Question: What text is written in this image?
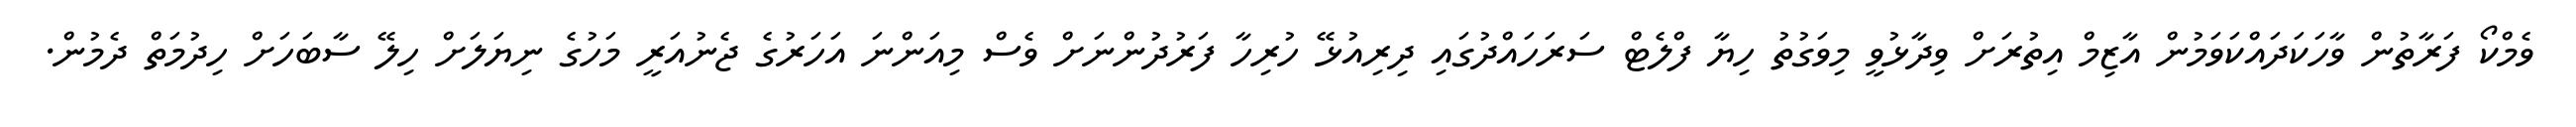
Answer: ވެމްކޯ ފަރާތުން ވާހަކަދައްކަވަމުން އާޒިމް އިތުރަށް ވިދާޅުވީ މިވަގުތު ހިޔާ ފްލެޓް ސަރަހައްދުގައި ދިރިއުޅޭ ހުރިހާ ފަރުދުންނަށް ވެސް މިއަންނަ އަހަރުގެ ޖެނުއަރީ މަހުގެ ނިޔަލަށް ހިލޭ ސާބަހަށް ހިދުމަތް ދެމުން.